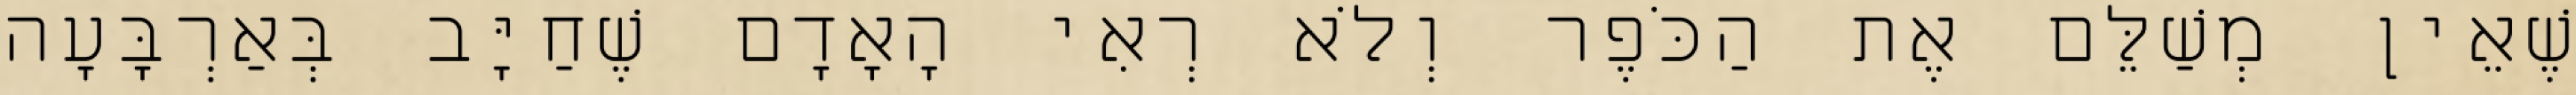
שֶׁאֵין מְשַׁלֵּם אֶת הַכֹּפֶר וְלֹא רְאִי הָאָדָם שֶׁחַיָּב בְּאַרְבָּעָה